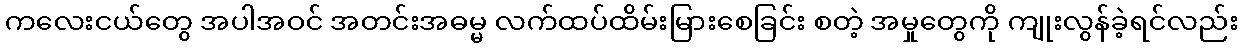
ကလေးငယ်တွေ အပါအဝင် အတင်းအဓမ္မ လက်ထပ်ထိမ်းမြားစေခြင်း စတဲ့ အမှုတွေကို ကျုးလွန်ခဲ့ရင်လည်း